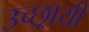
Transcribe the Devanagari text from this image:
उच्छ्रायी